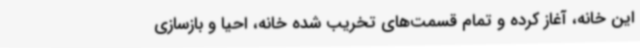
این خانه، آغاز کرده و تمام قسمت‌های تخریب شده خانه، احیا و بازسازی